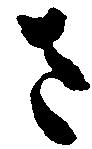
さ